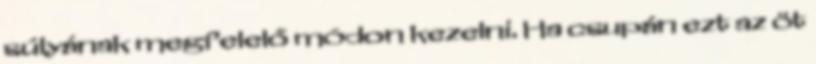
súlyának megfelelő módon kezelni. Ha csupán ezt az öt